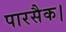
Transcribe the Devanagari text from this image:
पारसैक।